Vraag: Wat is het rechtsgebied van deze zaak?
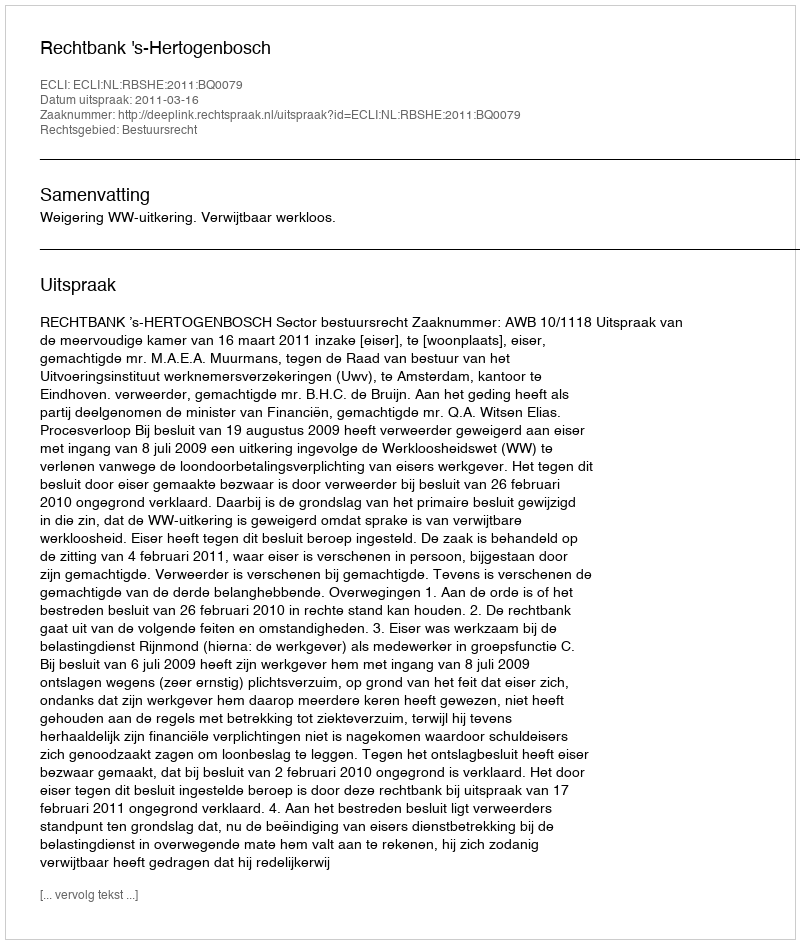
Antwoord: Bestuursrecht